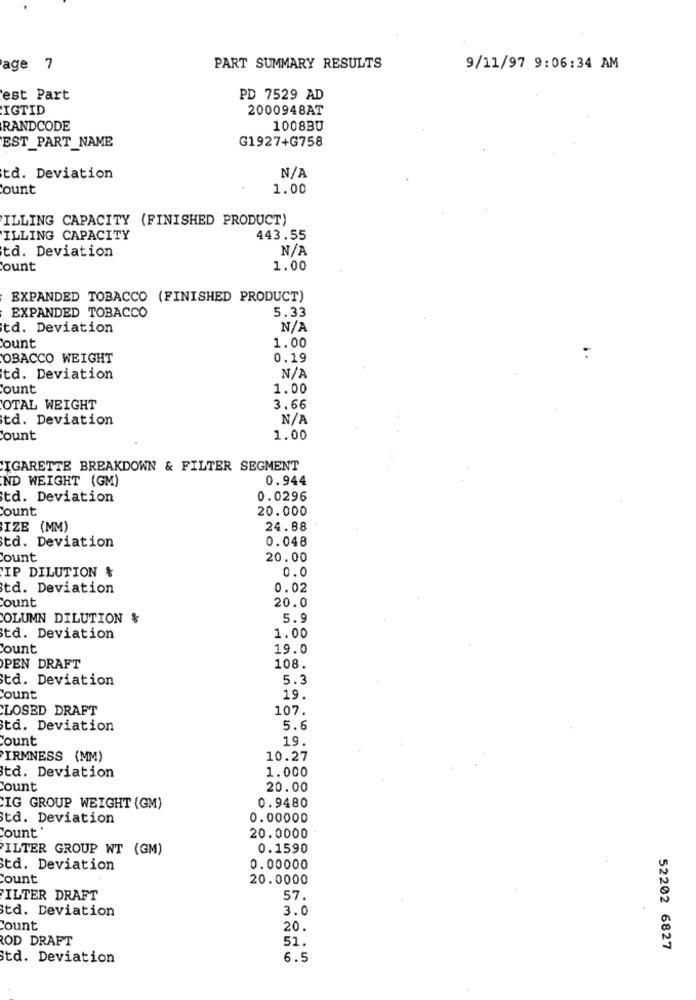
age 7
PART SUMMARY RESULTS
9/11/97 9:06:34 AM
est Part
PD 7529 AD
IGTID
2000948AT
RANDCODE
1008BU
G1927+G758
EST_PART_NAME
td. Deviation
Count
1.00
ILLING CAPACITY (FINISHED PRODUCT)
ILLING CAPACITY
443.55
td. Deviation
Count
1.00
EXPANDED TOBACCO (FINISHED PRODUCT)
EXPANDED TOBACCO
5.33
td. Deviation
Count
1.00
OBACCO WEIGHT
0.19
td. Deviation
ount
1.00
OTAL WEIGHT
3.66
td. Deviation
Count
1.00
CIGARETTE BREAKDOWN & FILTER SEGMENT
0.944
ND WEIGHT (GM)
td. Deviation
0.0296
Count
20.000
IZE (MM)
24.88
0.048
td. Deviation
Count
20.00
IP DILUTION &
0.0
td. Deviation
0.02
Count
20.0
COLUMN DILUTION &
5.9
td. Deviation
1.00
Count
19.0
PEN DRAFT
108.
td. Deviation
5.3
Count
19.
CLOSED DRAFT
107.
td. Deviation
5.6
Count
19.
IRMNESS (MM)
10.27
1.000
td. Deviation
Count
20.00
IG GROUP WEIGHT (GM)
0.9480
td. Deviation
0.00000
Count *
20.0000
ILTER GROUP WT (GM)
0.1590
td. Deviation
0.00000
Count
20.0000
FILTER DRAFT
57.
td. Deviation
3.0
Count
20.
ROD DRAFT
51.
52202 6827
td. Deviation
6.5